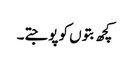
کچھ بتوں کو پوجتے۔